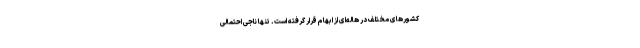
کشورهای مختلف در هاله‌ای از ابهام قرار گرفته است. تنها ناجی احتمالی